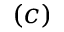
( c )